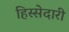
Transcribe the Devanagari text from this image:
हिस्‍सेदारी